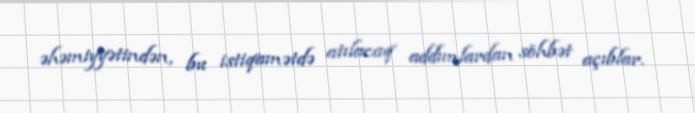
əhəmiyyətindən, bu istiqamətdə atılacaq addımlardan söhbət açıblar.